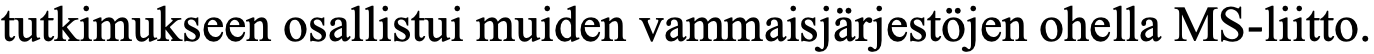
tutkimukseen osallistui muiden vammaisjärjestöjen ohella MS-liitto.